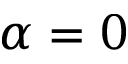
\alpha = 0